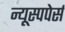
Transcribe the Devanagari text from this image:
न्यूस्पपेर्स